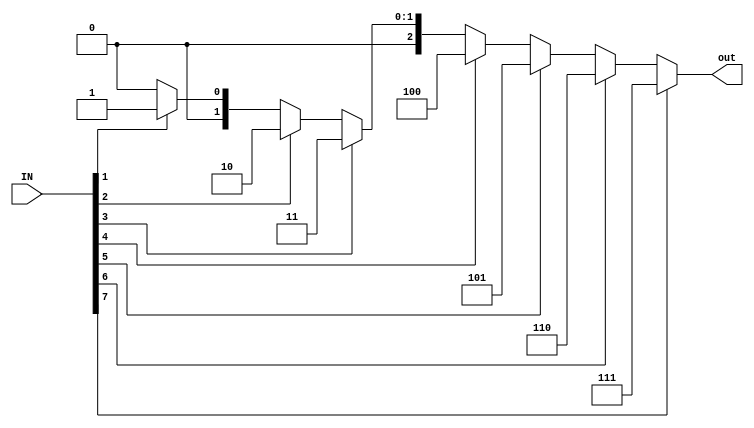
module Encoder8_3 (input[7:0]IN,
		   output reg[2:0]out);
	
	always@(IN)
	begin
		if(IN[7]==1)
		 out=3'b111;
		else if(IN[6]==1)
		 out=3'b110;
		else if(IN[5]==1)
		 out=3'b101;
		else if(IN[4]==1)
		 out=3'b100;
		else if(IN[3]==1)
		 out=3'b011;
		else if(IN[2]==1)
		 out=3'b010;
		else if(IN[1]==1)
		 out=3'b001;
		else 
		 out=3'b000;
	end

endmodule